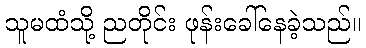
သူမထံသို့ ညတိုင်း ဖုန်းခေါ်နေခဲ့သည်။